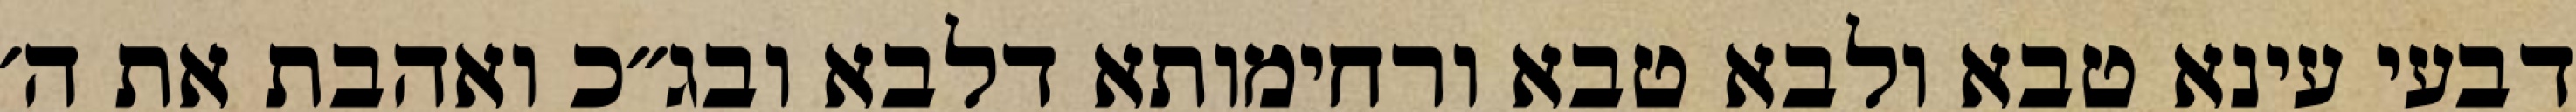
דבעי עינא טבא ולבא טבא ורחימותא דלבא ובג״כ ואהבת את ה׳